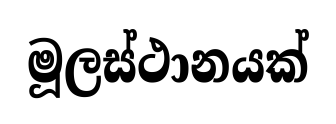
මූලස්ථානයක්